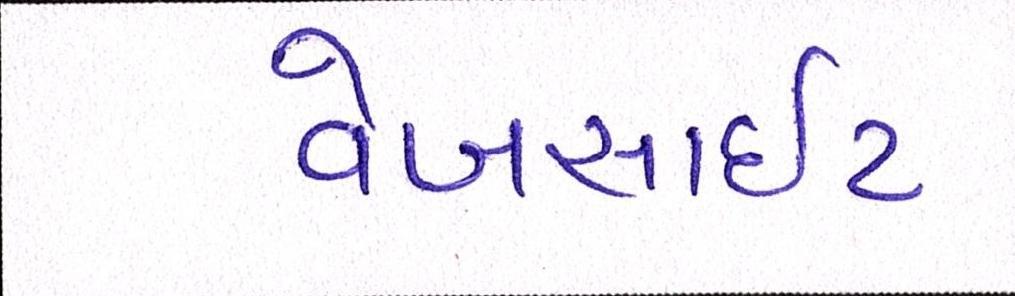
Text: વેબસાઈટ